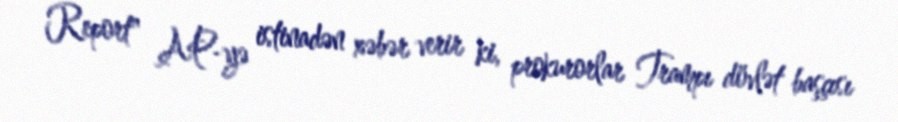
Report" AP-yə istinadən xəbər verir ki, prokurorlar Trampı dövlət başçısı